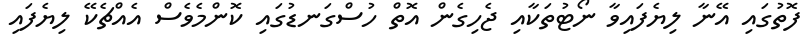
ފޮތުގައި އޭނާ ލިޔެފައިވާ ނޯޓުތަކާއި ޖެހިގެން އޮތް ހުސްގަނޑުގައި ކޮންމެވެސް އެއްޗެކޭ ލިޔެފައި